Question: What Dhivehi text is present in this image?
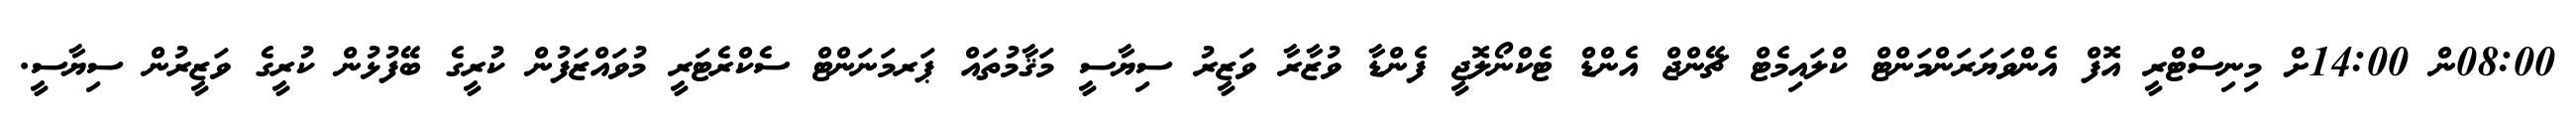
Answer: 08:00ން 14:00ށް މިނިސްޓްރީ އޮފް އެންވަޔަރަންމަންޓް ކްލައިމެޓް ޗޭންޖް އެންޑް ޓެކްނޯލޮޖީ ފެންޑާ ވުޒާރާ ވަޒީރު ސިޔާސީ މަޤާމުތައް ޕަރމަނަންޓް ސެކްރެޓަރީ މުވައްޒަފުން ކުރީގެ ބޭފުޅުން ކުރީގެ ވަޒީރުން ސިޔާސީ.